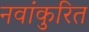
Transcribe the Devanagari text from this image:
नवांकुरित